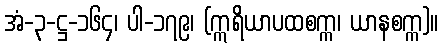
အံ-၃-ဋ္ဌ-၁၆၄၊ ပါ-၁၇၉၊ (ဣရိယာပထစက္က၊ ယာနစက္က)။